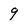
Character: 9